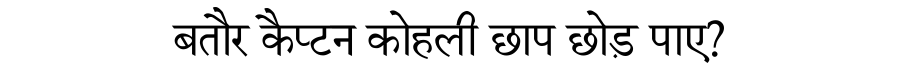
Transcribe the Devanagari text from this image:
बतौर कैप्टन कोहली छाप छोड़ पाए?